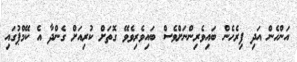
އަންހެން އަދި ފިރެހެން ބައިވެރިންނަށްވެސް ބައިވެރިވެވޭ ގޮތަށް ކުރިއަށް ގެންދާ އެ ކޭމްޕުގައި